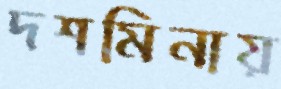
দশমিনায়